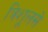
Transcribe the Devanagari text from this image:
त्रिशूलसे